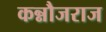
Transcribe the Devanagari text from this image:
कन्नौजराज